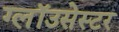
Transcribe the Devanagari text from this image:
ग्लॉउसेस्टर